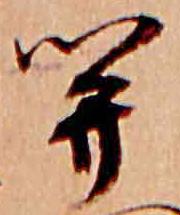
関